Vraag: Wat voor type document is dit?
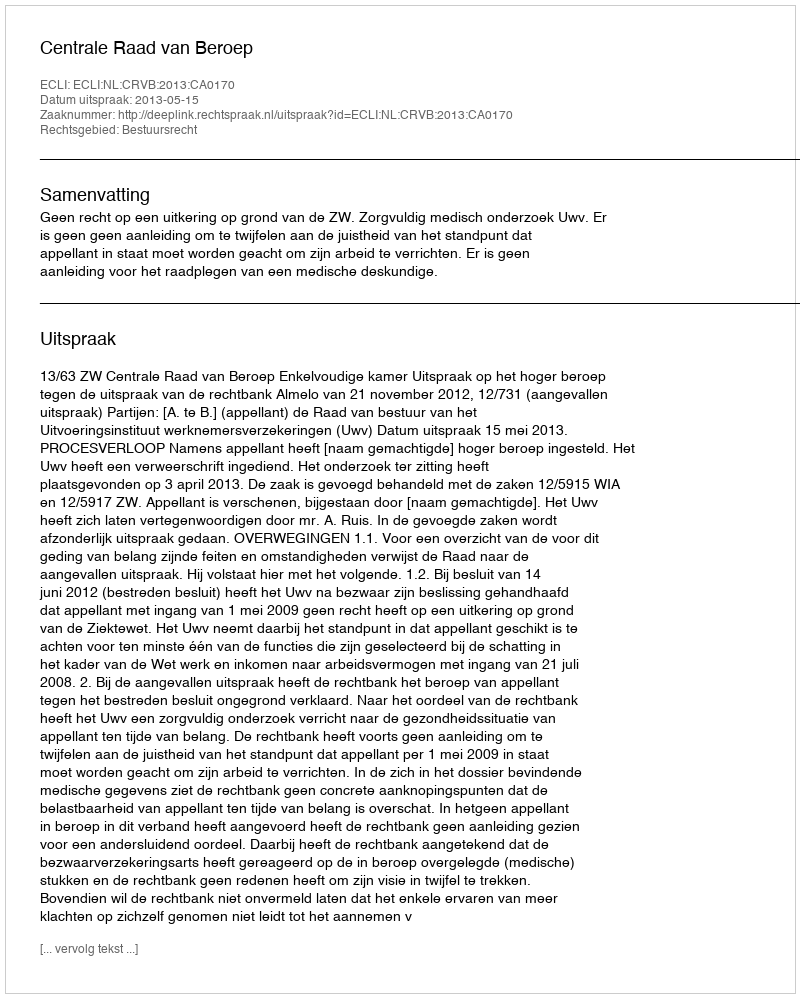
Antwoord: Uitspraak